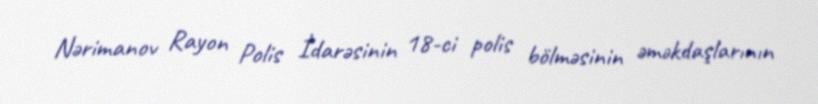
Nərimanov Rayon Polis İdarəsinin 18-ci polis bölməsinin əməkdaşlarının